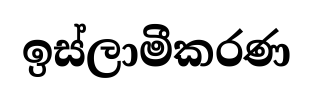
ඉස්ලාමීකරණ